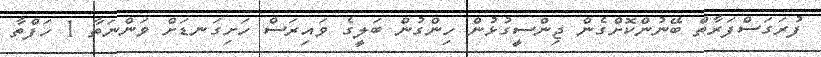
ފުރަގަސްފަރާތް ބޭނުންކޮށްގެން ޖިންސީގުޅުން ހިންގުން ބަލީގެ ވައިރަސް ހަށިގަނޑަށް ވަންނަތާ 1 ހަފްތާ